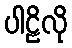
ပါဠိလို